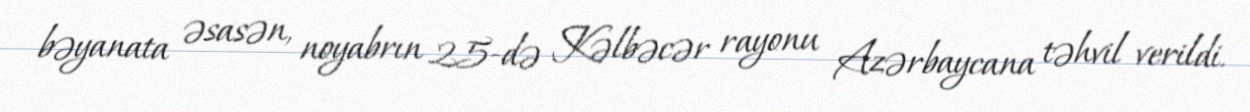
bəyanata əsasən, noyabrın 25-də Kəlbəcər rayonu Azərbaycana təhvil verildi.